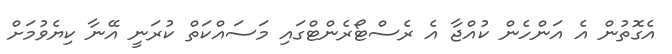
އެގޮތުން އެ އަންހެން ކުއްޖާ އެ ރެސްޓޯރެންޓްގައި މަސައްކަތް ކުރަނީ އޭނާ ކިޔެވުމަށް